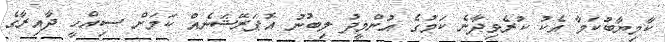
ކާމިޔާބުކަމާ އެކު ކުރެވިދާނެ ކަމުގެ އުންމީދު ލިބުނު އޮޕަރޭޝަނެއް ކަމަށް ސިއްހީ ދާއިރާގެ